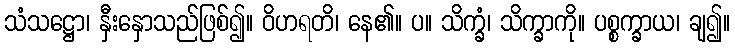
သံသဋ္ဌော၊ နှီးနှောသည်ဖြစ်၍။ ဝိဟရတိ၊ နေ၏။ ပ။ သိက္ခံ၊ သိက္ခာကို။ ပစ္စက္ခာယ၊ ချ၍။